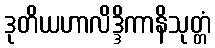
ဒုတိယဟာလိဒ္ဒိကာနိသုတ္တံ